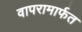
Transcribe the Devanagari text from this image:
वापरामार्फत